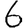
Digit: 6